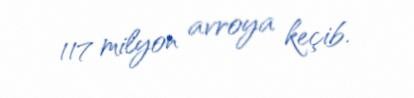
117 milyon avroya keçib.